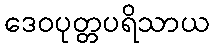
ဒေဝပုတ္တပရိသာယ